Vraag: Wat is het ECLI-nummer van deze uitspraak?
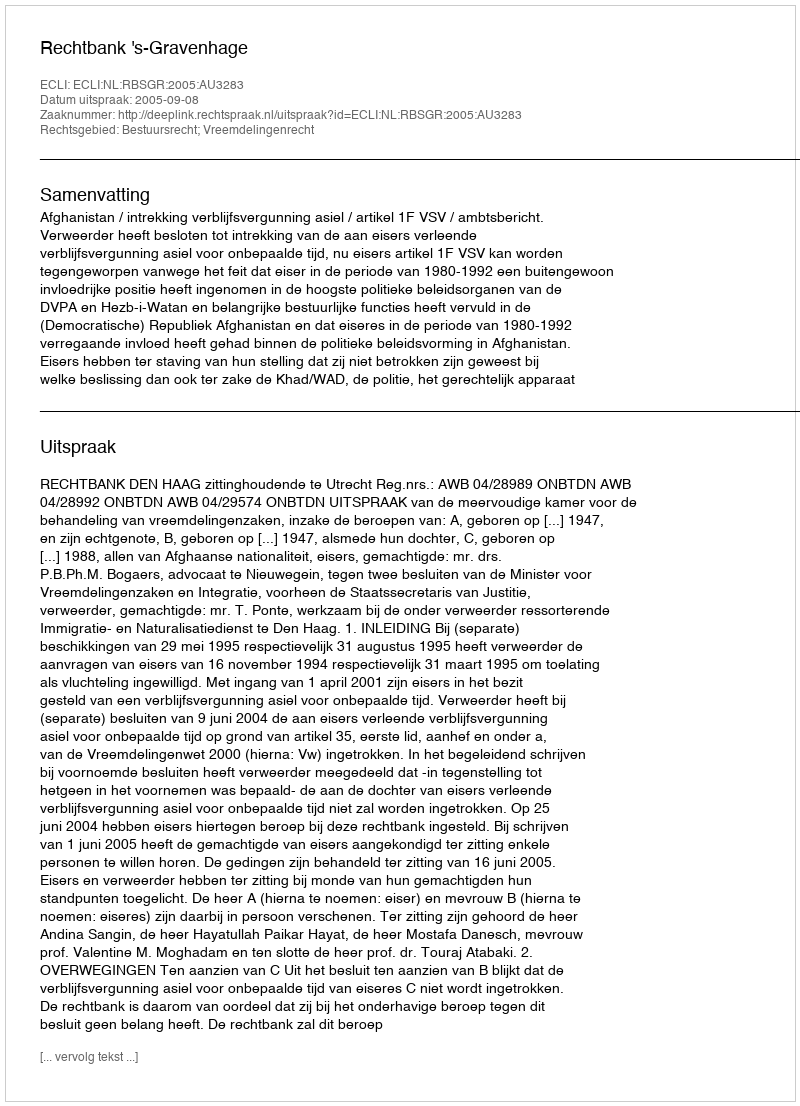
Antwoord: ECLI:NL:RBSGR:2005:AU3283